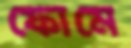
ফোমে